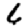
Digit: 6